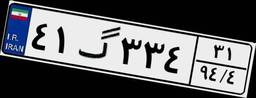
۴۱گ۳۳۴۳۱